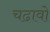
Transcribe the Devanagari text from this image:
चढावो